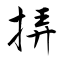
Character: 挵